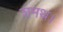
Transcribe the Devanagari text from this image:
शमथ।